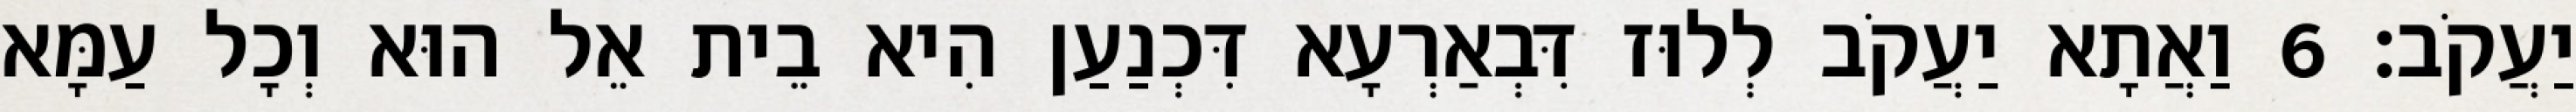
יַעֲקֹב׃ 6 וַאֲתָא יַעֲקֹב לְלוּז דִּבְאַרְעָא דִּכְנַעַן הִיא בֵית אֵל הוּא וְכָל עַמָּא